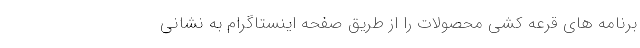
برنامه های قرعه کشی محصولات را‌ از طریق صفحه اینستاگرام به نشانی